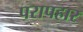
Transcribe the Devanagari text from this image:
परापहार